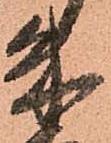
朱